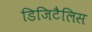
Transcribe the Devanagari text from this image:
डिजिटैलिस